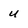
Character: u